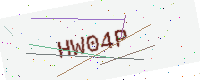
Text: HW04P